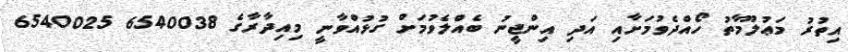
އިތުރު މަޢުލޫމާތު ހޯއްދެވުމަށާއި އަދި އިންޖީނު ބެއްލެވުމަށް ގުޅުއްވާނީ މިއިދާރާގެ 6540038 6540025